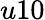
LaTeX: u10